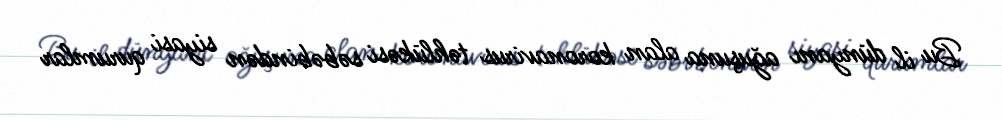
Bu il dünyanı ağuşuna alan koronavirus təhlükəsi səbəbindən siyasi qurumlar